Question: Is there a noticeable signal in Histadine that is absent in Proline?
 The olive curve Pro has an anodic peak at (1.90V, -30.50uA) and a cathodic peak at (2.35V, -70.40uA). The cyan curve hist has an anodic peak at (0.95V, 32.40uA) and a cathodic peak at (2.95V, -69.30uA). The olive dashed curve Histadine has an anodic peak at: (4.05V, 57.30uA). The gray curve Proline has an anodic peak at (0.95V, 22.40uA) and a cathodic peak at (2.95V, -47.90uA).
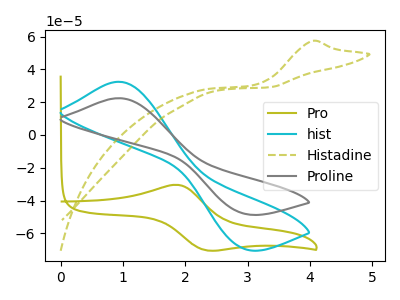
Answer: <think>"Histadine" and "Proline" have a different number of peaks.
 </think>
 <answer>Yes, "Histadine" and "Proline" are different in shape.</answer>
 <eval>yes_change</eval>